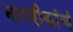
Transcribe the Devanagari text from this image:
नागरीकांचं